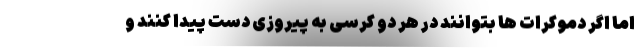
اما اگر دموکرات ها بتوانند در هر دو کرسی به پیروزی دست پیدا کنند و